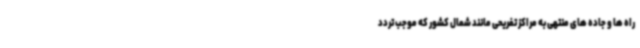
راه ها و جاده های منتهی به مراکز تفریحی مانند شمال کشور که موجب تردد